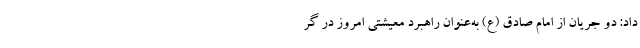
داد: دو جریان از امام صادق (ع) به‌عنوان راهبرد معیشتی امروز در گر